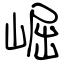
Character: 崛